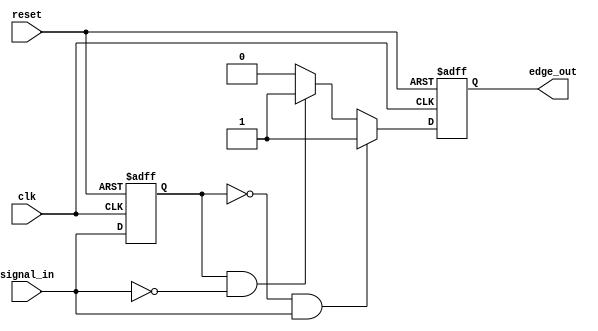
module SchmittTriggerEdgeDetector (
    input wire clk,                // Clock input
    input wire reset,              // Reset input
    input wire signal_in,          // Input signal to detect edges
    output reg edge_out            // Output signal indicating edge detection
);

    // Memory element to store the previous state of the input signal
    reg prev_state;

    // Hysteresis thresholds (for simulation purposes, adjust as needed)
    parameter TH_POS = 1'b1;      // Upper threshold for rising edge detection
    parameter TH_NEG = 1'b0;      // Lower threshold for falling edge detection

    // Edge detection logic
    always @(posedge clk or posedge reset) begin
        if (reset) begin
            prev_state <= 1'b0;     // Reset previous state
            edge_out <= 1'b0;       // Reset output
        end else begin
            // Detect rising edge
            if (prev_state == TH_NEG && signal_in == TH_POS) begin
                edge_out <= 1'b1;    // Set edge_out high for rising edge
            end
            // Detect falling edge
            else if (prev_state == TH_POS && signal_in == TH_NEG) begin
                edge_out <= 1'b1;    // Set edge_out high for falling edge
            end
            // If no edge is detected, hold the output low
            else begin
                edge_out <= 1'b0;     // Reset edge_out
            end
            
            // Update previous state
            prev_state <= signal_in;  // Store the current state
        end
    end

endmodule